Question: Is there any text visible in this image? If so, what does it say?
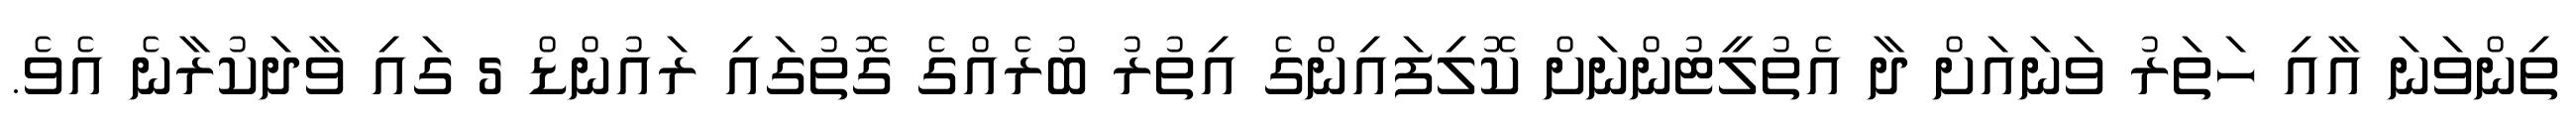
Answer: ތިންވަނަ އާއި ހަތަރު ވަނައަށް ދާ އެތުލީޓުންނަށް ކޮލިފައިންގެ އިތުރު ބުރެއްގެ ގޮތުގައި ރައުންޑް 5 ގައި ވާދަކުރާނެ އެވެ.